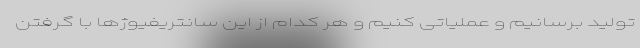
تولید برسانیم و عملیاتی کنیم و هر کدام از این سانتریفیوژ‌ها با گرفتن